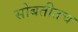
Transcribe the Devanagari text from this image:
सोबतीतच